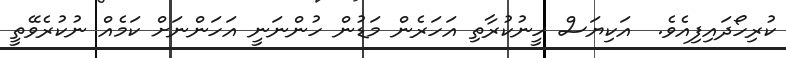
ކުރިހޯދައިފިއެވެ.  އަކިޔަސް ހީނުކުރާތި އަހަރެން މަޑުން ހުންނަނީ އަހަންނަށް ކަމެއް ނުކުރެވޭތީ